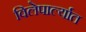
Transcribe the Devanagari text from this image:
विलेपार्ल्यात